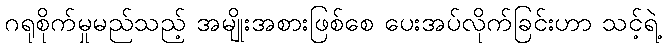
ဂရုစိုက်မှုမည်သည့် အမျိုးအစားဖြစ်စေ ပေးအပ်လိုက်ခြင်းဟာ သင့်ရဲ့